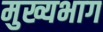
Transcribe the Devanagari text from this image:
मुख्यभाग